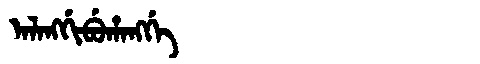
Manchu: ᠠᠯᠠᠩᡤᡳᠪᡠᡥᠠᠩᡤᡝ
Romanization: ALANGGIBUHANGGE